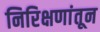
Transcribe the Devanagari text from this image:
निरिक्षणांतून